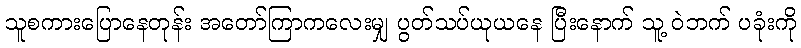
သူစကားပြောနေတုန်း အတော်ကြာကလေးမျှ ပွတ်သပ်ယုယနေ ပြီးနောက် သူ့ ဝဲဘက် ပခုံးကို